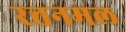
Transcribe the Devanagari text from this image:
रत्तनमल